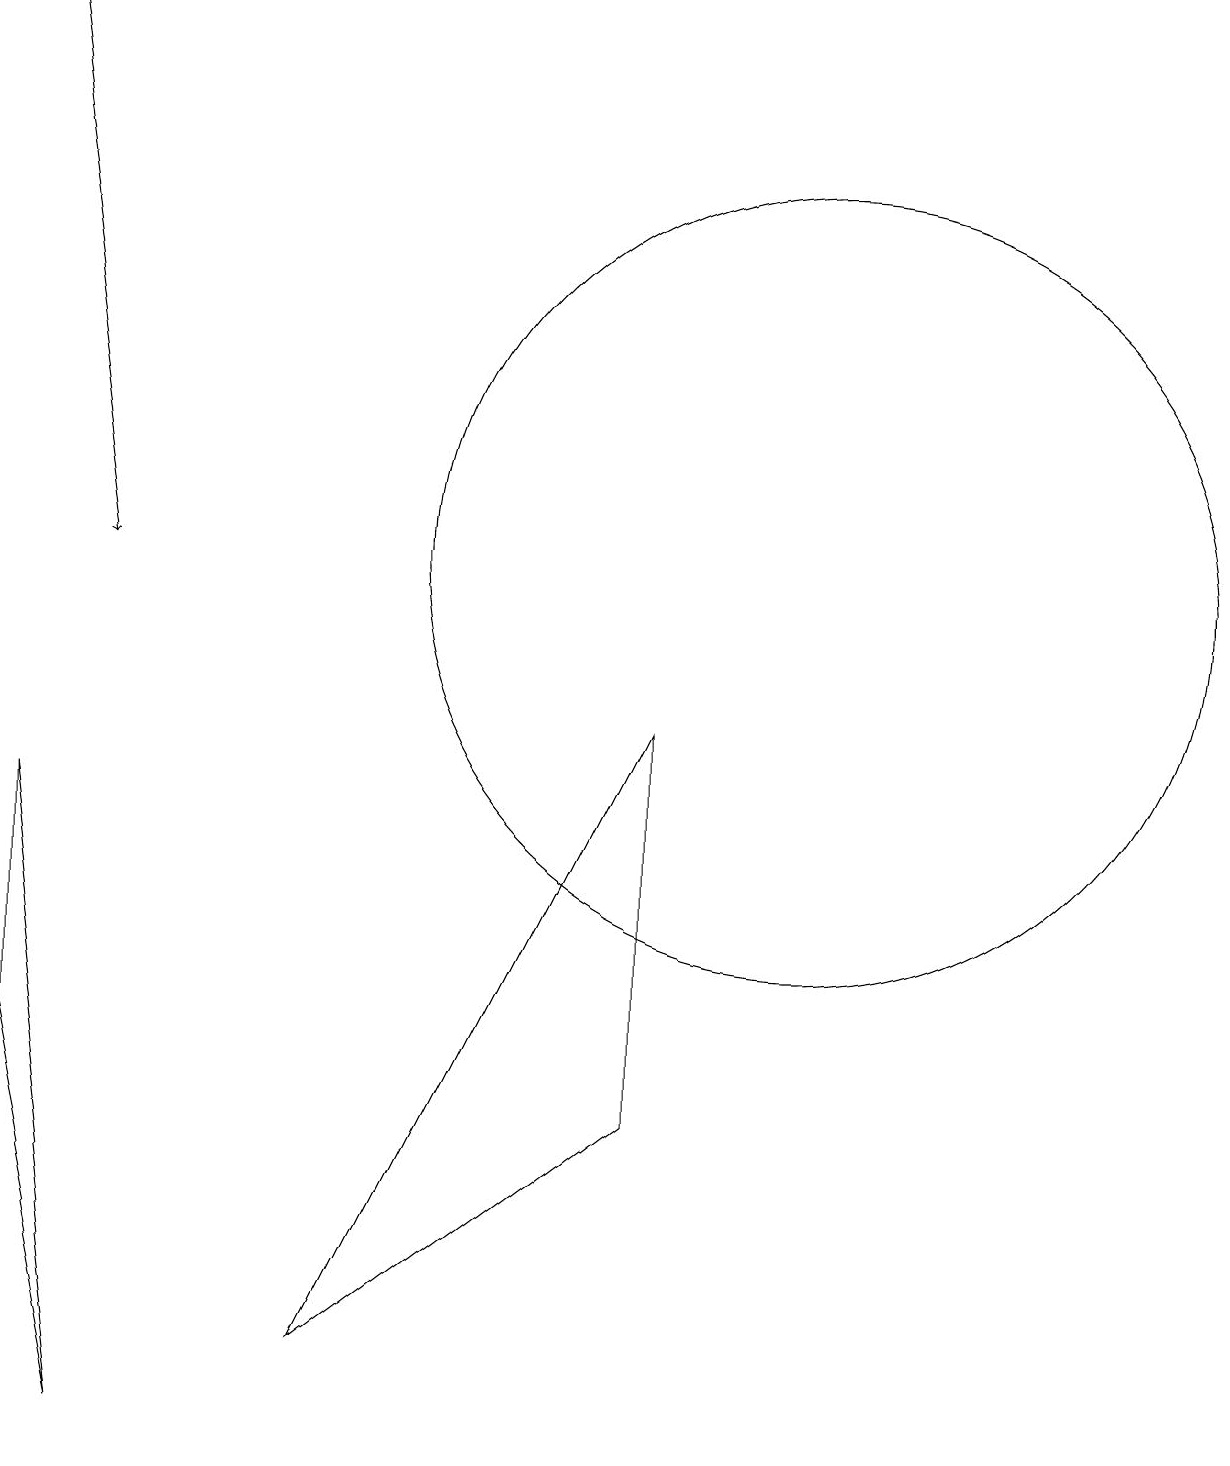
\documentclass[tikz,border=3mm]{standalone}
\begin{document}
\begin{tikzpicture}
\draw (1,0) -- (0,8) -- (0,5) -- cycle;
\draw (10,11) circle (5);
\draw[->] (0,18) -- (1,11);
\draw (8,4) -- (4,1) -- (8,9) -- cycle;
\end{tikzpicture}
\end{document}